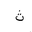
Letter: _tha